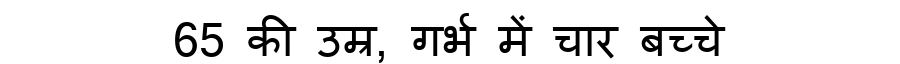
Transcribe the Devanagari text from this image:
65 की उम्र, गर्भ में चार बच्चे